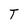
Character: I